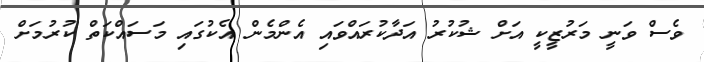
ވެސް ވަނީ މަރުޒީކީ އަށް ޝުކުރު އަދާކުރައްވައި އެންމެން އެކުގައި މަސައްކަތް ކުރުމަށް